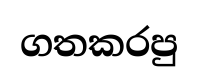
ගතකරපු